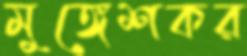
মুঙ্গেশকর